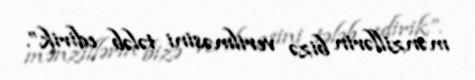
mənzillərin bizə verilməsini tələb edirik”.